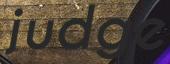
judge